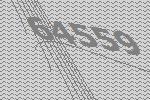
64559